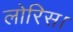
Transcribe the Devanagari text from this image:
लोरिस।